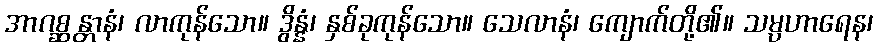
အာဂစ္ဆန္တာနံ၊ လာကုန်သော။ ဒွိန္နံ၊ နှစ်ခုကုန်သော။ သေလာနံ၊ ကျောက်တို့၏။ သမ္ပဟာရေန၊